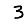
Digit: 3